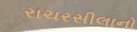
રાચરસીલાનો